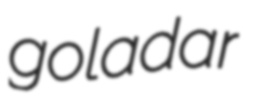
goladar